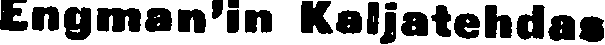
Engman'in Kaljatehdas